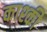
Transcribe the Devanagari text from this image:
काश्की